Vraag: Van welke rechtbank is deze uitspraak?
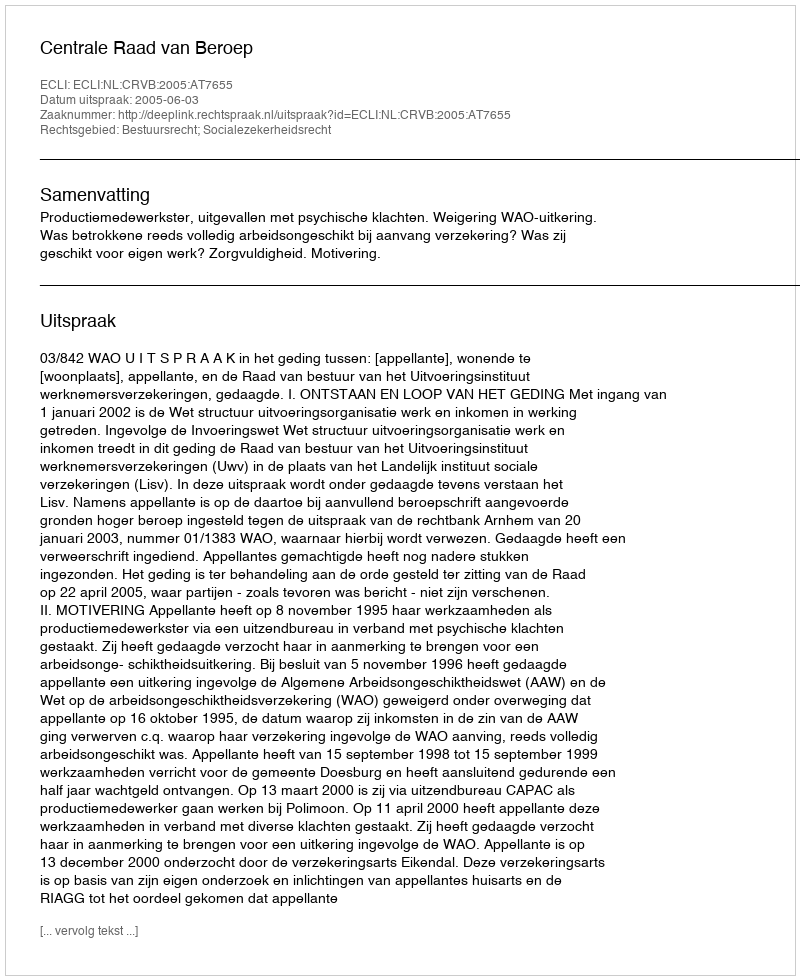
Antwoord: Centrale Raad van Beroep